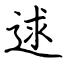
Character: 逑